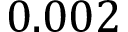
0 . 0 0 2